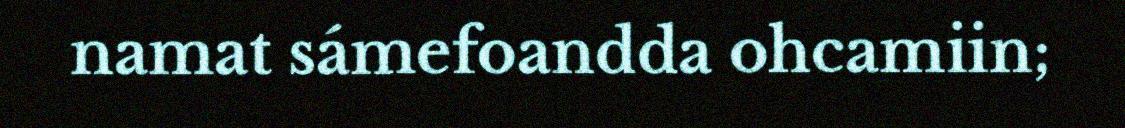
namat sámefoandda ohcamiin;